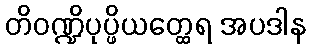
တိဝဏ္ဍိပုပ္ဖိယတ္ထေရ အပဒါန